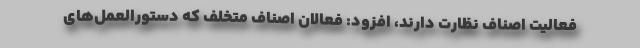
فعالیت اصناف نظارت دارند، افزود: فعالان اصناف متخلف که دستورالعمل‌های